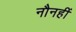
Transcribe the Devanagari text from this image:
नौनहीं